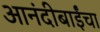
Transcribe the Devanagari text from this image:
आनंदीबाईंचा